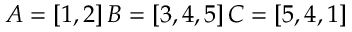
A = [ 1 , 2 ] \, B = [ 3 , 4 , 5 ] \, C = [ 5 , 4 , 1 ]